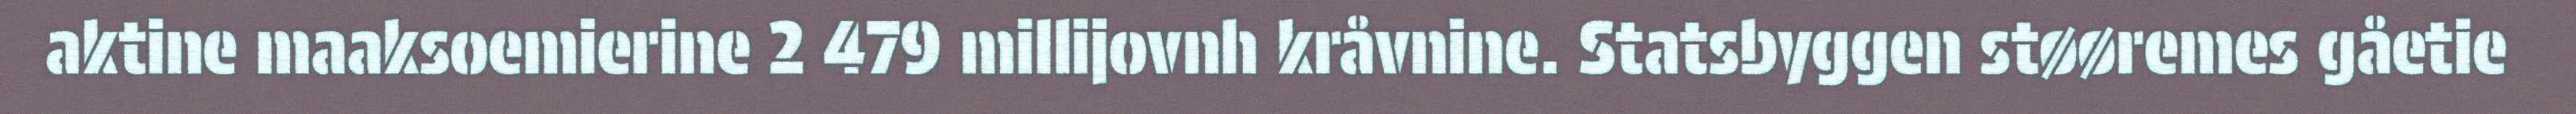
aktine maaksoemierine 2 479 millijovnh kråvnine. Statsbyggen støøremes gåetie